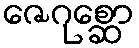
ဇေဂုစ္ဆော